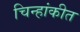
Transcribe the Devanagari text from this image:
चिन्हांकीत